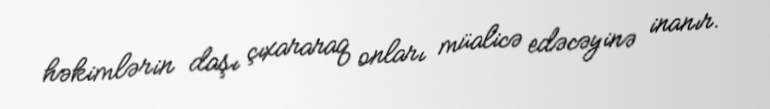
həkimlərin daşı çıxararaq onları müalicə edəcəyinə inanır.